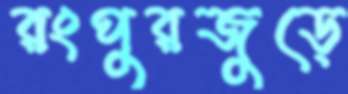
রংপুরজুড়ে